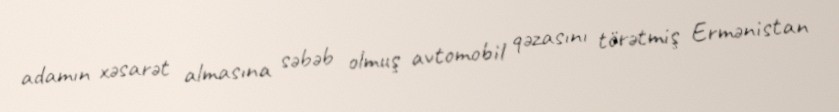
adamın xəsarət almasına səbəb olmuş avtomobil qəzasını törətmiş Ermənistan